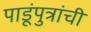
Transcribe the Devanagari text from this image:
पाडूंपुत्रांची